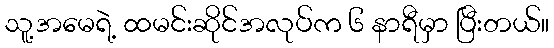
သူ့အမေရဲ့ ထမင်းဆိုင်အလုပ်က ၆ နာရီမှာ ပြီးတယ်။